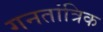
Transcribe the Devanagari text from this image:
गनतांत्रिक